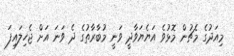
މިއަދުގެ މެޗުން މޮޅުވެ އަޔެޔަވާދީ ވަނީ މުބާރާތުގެ ދެ ވަނަ އަށް ޖެހިލައިފަ